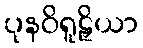
ပုနဝိရူဠှိယာ